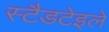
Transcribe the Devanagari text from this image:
स्टैडटेइले